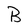
Character: B